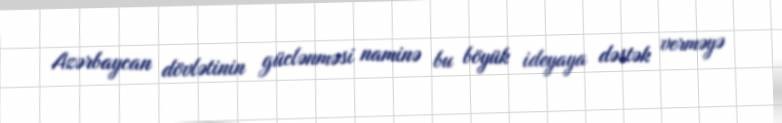
Azərbaycan dövlətinin güclənməsi naminə bu böyük ideyaya dəstək verməyə